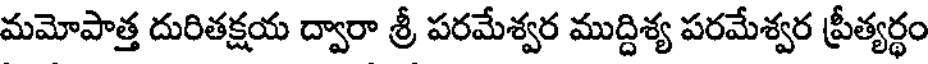
మమోపాత్త దురితక్షయ ద్వారా శ్రీ పరమేశ్వర ముద్దిశ్య పరమేశ్వర ప్రీత్యర్థం